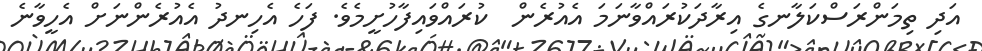
އަދި ތިމަންރަސްކަލާނގެ އިރާދަކުރައްވާނަމަ އެއުރެން  ކުރައްވައިފާހުށީމެވެ. ފަހެ އެހިނދު އެއުރެންނަށް އެހީވާނެ